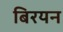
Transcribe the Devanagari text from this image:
बिरयन